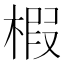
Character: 椵